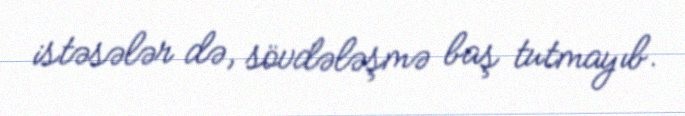
istəsələr də, sövdələşmə baş tutmayıb.